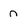
Character: n